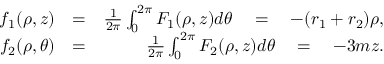
\begin{array} { r l r } { f _ { 1 } ( \rho , z ) } & { = } & { \frac { 1 } { 2 \pi } \int _ { 0 } ^ { 2 \pi } F _ { 1 } ( \rho , z ) d \theta \quad = \quad - ( r _ { 1 } + r _ { 2 } ) \rho , } \\ { f _ { 2 } ( \rho , \theta ) } & { = } & { \frac { 1 } { 2 \pi } \int _ { 0 } ^ { 2 \pi } F _ { 2 } ( \rho , z ) d \theta \quad = \quad - 3 m z . } \end{array}